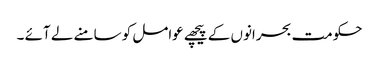
حکومت بحرانوں کے پیچھے عوامل کو سامنے لے آئے ۔